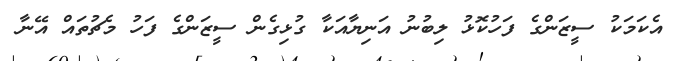
އެކަމަކު ސީޒަންގެ ފަހުކޮޅު ލިބުނު އަނިޔާއަކާ ގުޅިގެން ސީޒަންގެ ފަހު މެޗުތައް އޭނާ